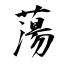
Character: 蕩